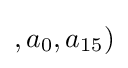
,a_{0},a_{15})